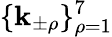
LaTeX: \{ \mathbf{k}_{\pm\rho}\} _{\rho=1}^{7}